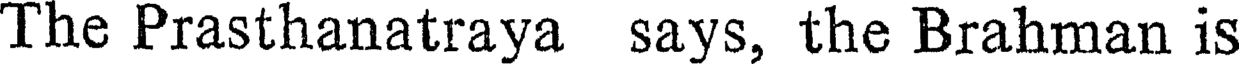
The Prasthanatraya says, the Brahman is